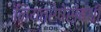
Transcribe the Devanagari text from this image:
नियतरेषेसंबंधी